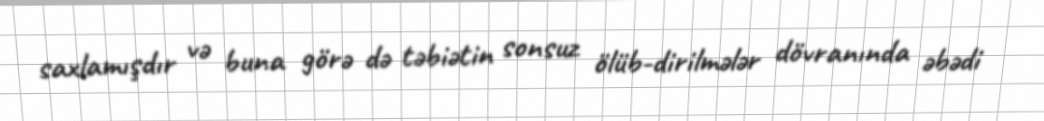
saxlamışdır və buna görə də təbiətin sonsuz ölüb-dirilmələr dövranında əbədi